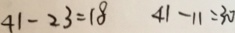
4 1 - 2 3 = 1 8 4 1 - 1 1 = 3 0